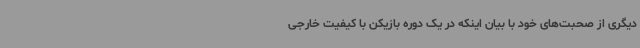
دیگری از صحبت‌های خود با بیان اینکه در یک دوره بازیکن با کیفیت خارجی